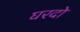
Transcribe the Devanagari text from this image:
घरदो